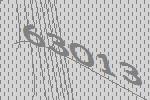
63013